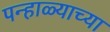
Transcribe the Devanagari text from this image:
पन्हाळ्याच्या